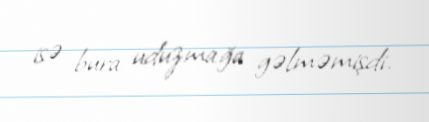
isə bura uduzmağa gəlməmişdi.